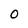
Character: 0